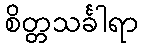
စိတ္တသင်္ခါရာ